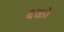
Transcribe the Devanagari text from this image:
६को